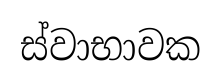
ස්වාභාවක